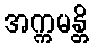
အက္ကမန္တိ